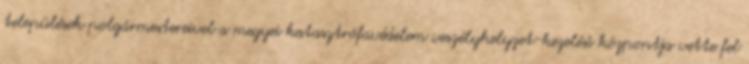
települések polgármestereivel a megyei katasztrófavédelem veszélyhelyzet-kezelési központja vette fel